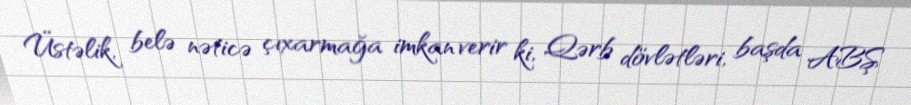
Üstəlik, belə nəticə çıxarmağa imkan verir ki, Qərb dövlətləri, başda ABŞ